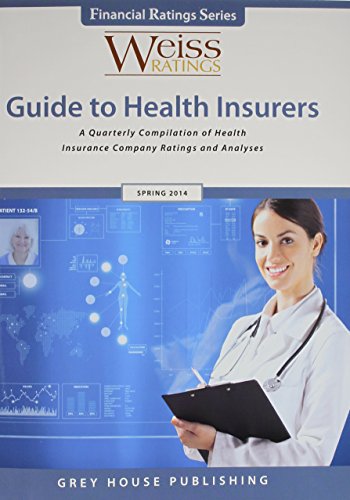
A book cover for Weiss Ratings Guide to Health Insurers; Business & Money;